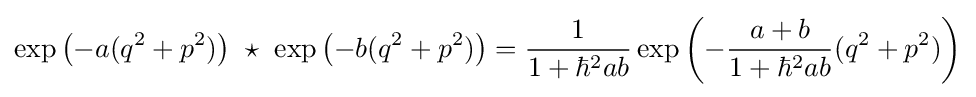
\exp \left(-{a}(q^{2}+p^{2})\right)~\star ~\exp \left(-{b}(q^{2}+p^{2})\right)={1 \over 1+\hbar ^{2}ab}\exp \left(-{a+b \over 1+\hbar ^{2}ab}(q^{2}+p^{2})\right)